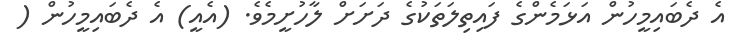
އެ ދެބައިމީހުން އަޅަމެންގެ ފައިތިލަތަކުގެ ދަށަށް ލާހުށީމެވެ. (އެއީ) އެ ދެބައިމީހުން (